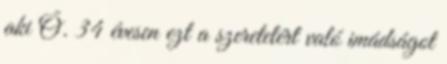
aki Ő. 34 évesen ezt a szeretetért való imádságot